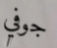
جوفي